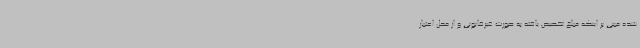
شده مبنی بر اینکه مبلغ تخصیص یافته به صورت غیرقانونی و از محل اعتبار